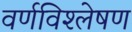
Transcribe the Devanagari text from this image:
वर्णविश्लेषण